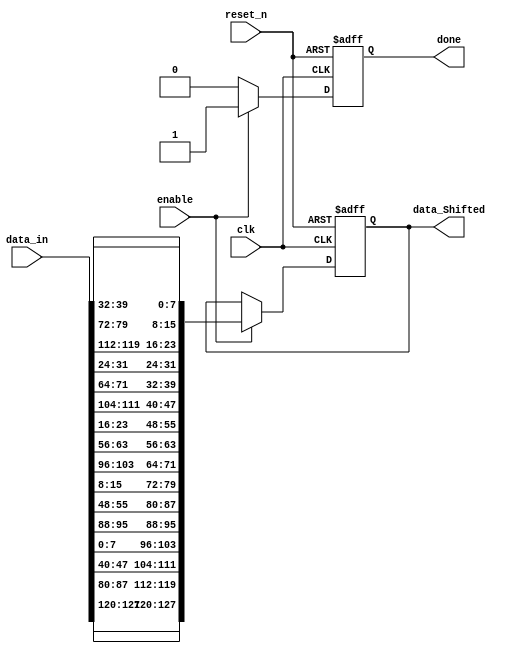
`timescale 1ns / 1ps
//////////////////////////////////////////////////////////////////////////////////
// Module Name: Shift_Row
// Project Name: AES
//////////////////////////////////////////////////////////////////////////////////
module Shift_Row(
    input clk , reset_n,
    input enable,
    input wire [127:0] data_in,
    output reg [127:0] data_Shifted ,
    output reg done
    );
    
    wire [127 : 0 ] shifted_rows ;
    
    always @(posedge clk ,negedge reset_n)
        begin
            if(~reset_n)
                begin
                    data_Shifted<=0 ;
                    done <=0;
                 end
            
            else if (enable)
                    begin
                        data_Shifted <= shifted_rows ;
                        done <= 1 ;
                    end    
            else 
                   done <=0;
        end
    
  assign shifted_rows[127:96] = {data_in[127:120] ,data_in[87:80] ,data_in[47:40] ,data_in[7:00]} ; 
  assign shifted_rows[95:64] = {data_in[95:88] ,data_in[55:48] ,data_in[15:8] ,data_in[103:96]} ; 
  assign shifted_rows[63:32] = {data_in[63:56] ,data_in[23:16] ,data_in[111:104] ,data_in[71:64]} ; 
  assign shifted_rows[31:0] = {data_in[31:24] ,data_in[119:112] ,data_in[79:72] ,data_in[39:32]} ; 
endmodule